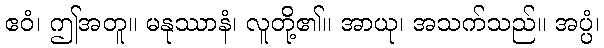
ဧဝံ၊ ဤအတူ။ မနုဿာနံ၊ လူတို့၏။ အာယု၊ အသက်သည်။ အပ္ပံ၊